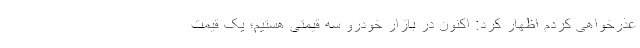
عذرخواهی کردم اظهار کرد: اکنون در بازار خودرو سه قیمتی هستیم؛ یک قیمت